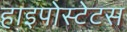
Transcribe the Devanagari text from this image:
हाइपोस्टेटस